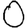
Digit: 0